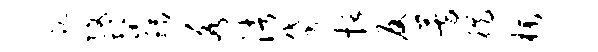
耽改髭稻各渚贷括反芳徙朴